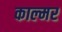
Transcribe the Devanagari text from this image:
काल्मर